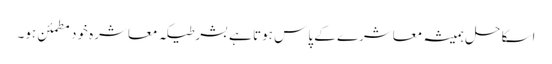
اسکا حل ہمیشہ معاشرے کے پاس ہوتا ہے بشرطیکہ معاشرہ خود مطمئن ہو۔